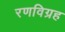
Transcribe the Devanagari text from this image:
रणविग्रह